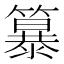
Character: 𮆭